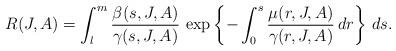
LaTeX: \begin{align*}& R(J,A)= \int_l^m\displaystyle{\frac{\beta(s,J,A)}{\gamma(s,J,A)}} \,\exp\left\{-\int_0^s\displaystyle{\frac{\mu(r,J,A)}{\gamma(r,J,A)}}\,dr\right\}\,ds.\end{align*}